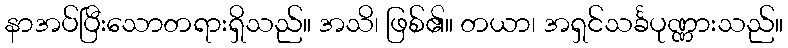
နာအပ်ပြီးသောတရားရှိသည်။ အသိ၊ ဖြစ်၏။ တယာ၊ အရှင်သင်္ခပုဏ္ဏားသည်။